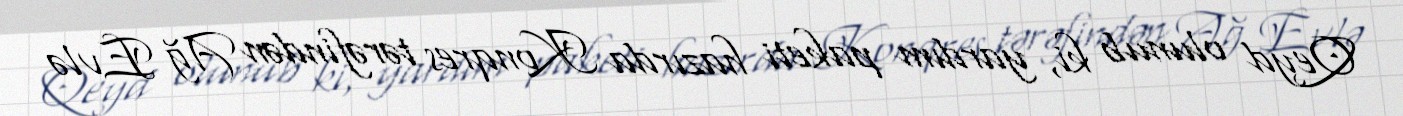
Qeyd olunub ki, yardım paketi hazırda Konqres tərəfindən Ağ Evlə